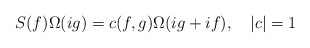
\begin{align*}S(f)\Omega (ig)=c(f,g)\Omega (ig+if),\quad \left| c\right| =1\end{align*}